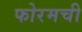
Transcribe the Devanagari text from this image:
फोरमची